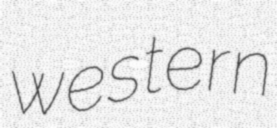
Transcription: western